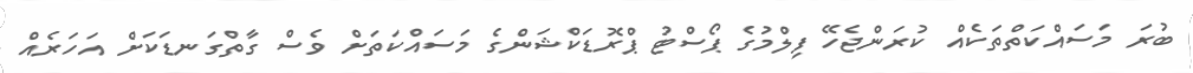
ބުރަ މަސައްކަތްތަކެއް ކުރަންޖެހޭ ފިލްމުގެ ޕޯސްޓު ޕްރޮޑަކްޝަންގެ މަސައްކަތަށް ވެސް ގާތްގަނޑަކަށް އަހަރެއް